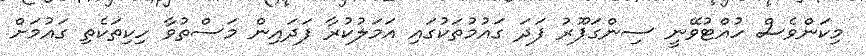
މިކަންވެސް ހުއްޓުވޭނީ ސިންގަޕޫރު ފަދަ ގައުމުތަކުގައި އަމަލުކުރާ ފަދައިން މަސްތުވާ ހިކިތަކެތި ގައުމަށް